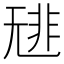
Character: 𩇳